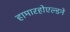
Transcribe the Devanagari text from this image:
हामारहोएल्डने